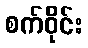
စက်ဝိုင်း